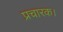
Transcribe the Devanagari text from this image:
प्रचारक।